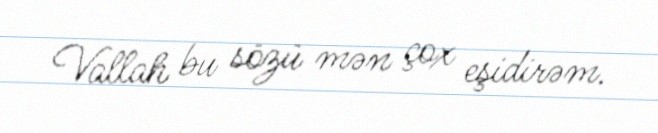
Vallah bu sözü mən çox eşidirəm.